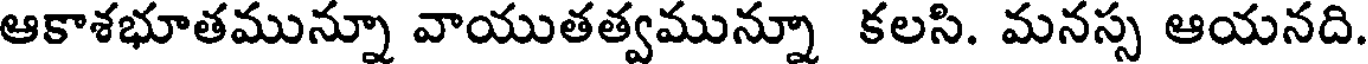
ఆకాశభూతమున్నూ వాయుతత్వమున్నూ కలసి. మనస్స ఆయనది.